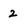
Character: 2